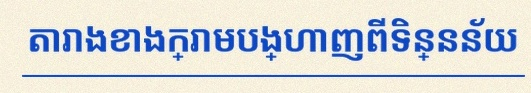
តារាងខាងក្រោមបង្ហាញពីទិន្នន័យ